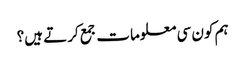
ہم کون سی معلومات جمع کرتے ہیں؟